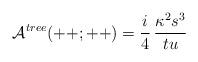
LaTeX: \begin{align*}{\cal A}^{tree}(++;++) = {i\over4}\,{\kappa^2 s^3 \over t u}\end{align*}